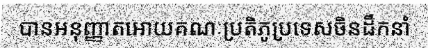
បានអនុញ្ញាតអោយគណៈប្រតិភូប្រទេសចិនដឹកនាំ